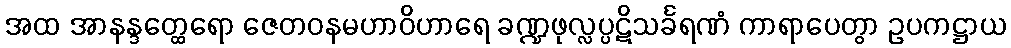
အထ အာနန္ဒတ္ထေရော ဇေတဝနမဟာဝိဟာရေ ခဏ္ဍဖုလ္လပ္ပဋိသင်္ခရဏံ ကာရာပေတွာ ဥပကဋ္ဌာယ